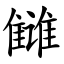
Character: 雠